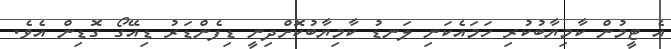
އެ ޓީމުން ކާމިޔާބުކުރި ހަމައެކަނި ލަނޑު ކާމިޔާބުކޮށްދިނީ ޑިފެންޑަރު ޑިއޭގޯ ގޮޑިން އެވެ.